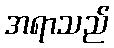
အရာသည်